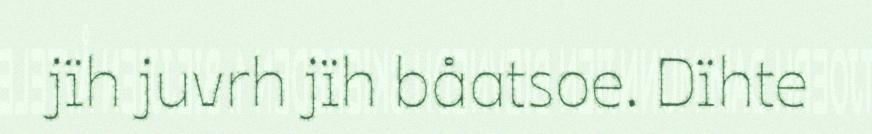
jïh juvrh jïh båatsoe. Dïhte